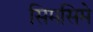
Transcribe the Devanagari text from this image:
सिमसिमे